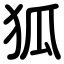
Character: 狐